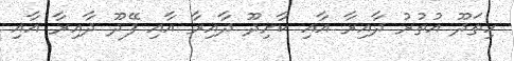
ހިތަދޫ އުތުރު ދާއިރާ އާއި ކާށިދޫ ދާއިރާ އާއި ފޭދޫ ދާއިރާ އާއި